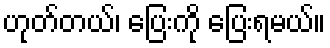
ဟုတ်တယ်၊ ပြေးကို ပြေးရမယ်။